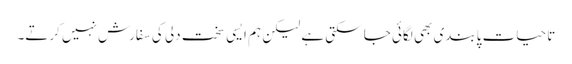
تا حیات پابندی بھی لگائی جا سکتی ہے لیکن ہم ایسی سخت دلی کی سفارش نہیں کرتے۔